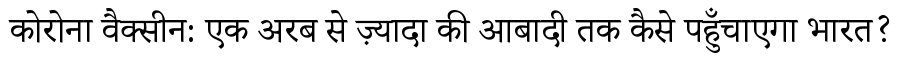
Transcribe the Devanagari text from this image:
कोरोना वैक्सीन: एक अरब से ज़्यादा की आबादी तक कैसे पहुँचाएगा भारत?